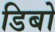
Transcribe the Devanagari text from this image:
डिबो